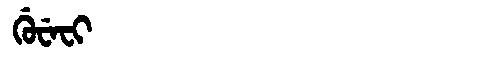
Manchu: ᡤᡠᠸᡝᠸᡳ
Romanization: GUWEFI